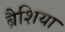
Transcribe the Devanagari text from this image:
ब्रैशिया